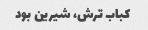
کباب ترش، شیرین بود